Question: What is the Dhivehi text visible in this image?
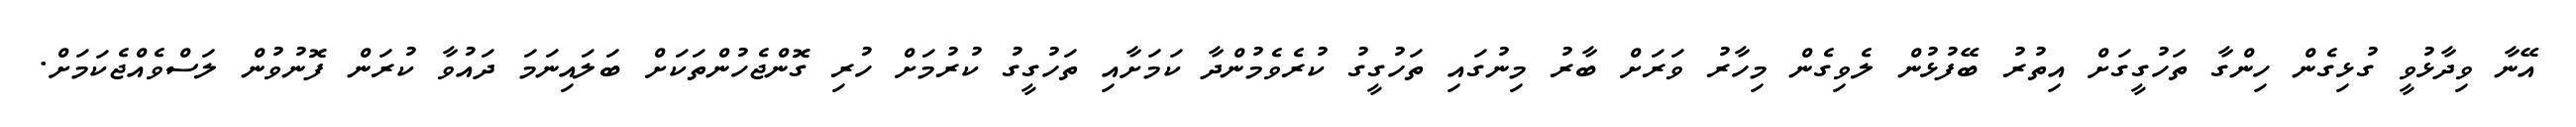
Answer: އޭނާ ވިދާޅުވީ ގުޅިގެން ހިންގާ ތަހުގީގަށް އިތުރު ބޭފުޅުން ލެވިގެން މިހާރު ވަރަށް ބާރު މިނުގައި ތަހުގީގު ކުރެވެމުންދާ ކަމަށާއި ތަހުގީގު ކުރުމަށް ހުރި ގޮންޖެހުންތަކަށް ބަލައިނަމަ ދައުވާ ކުރަން ފޮނުވުން ލަސްވެއްޖެކަމަށް.